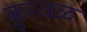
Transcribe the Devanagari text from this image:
कुरवळ